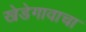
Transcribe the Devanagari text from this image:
खेडेगावाचा